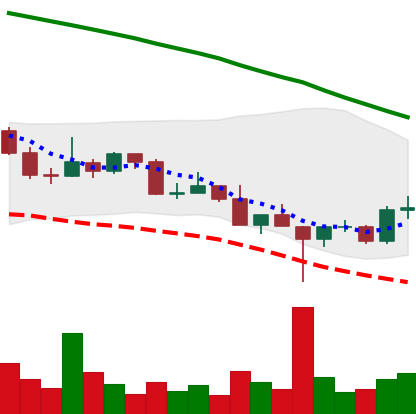
Ticker: DOGE-USD
Chart end date: 2022-03-01
Forward return: -9.834%
Label: down_7plus